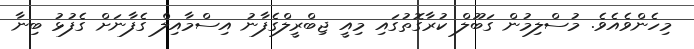
މިހެންވެއެވެ. މުސްލިމުން ގަބޫލް ކުރާގޮތުގައި މިއީ ޖިބްރީލްގެފާނު އިސްމާއިލް ގެފާނަށް ގެފުޅު ބިނާ